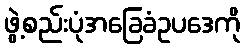
ဖွဲ့စည်းပုံအခြေခံဥပဒေကို